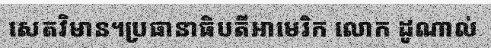
សេតវិមាន។ប្រធានាធិបតីអាមេរិក លោក ដូណាល់